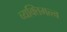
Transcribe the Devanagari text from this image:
व्यक्‍तिमत्त्व